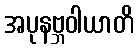
အပုနဗ္ဘဝါယာတိ